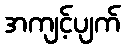
အကျင့်ပျက်